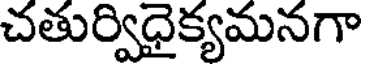
చతుర్విధైక్యమనగా